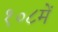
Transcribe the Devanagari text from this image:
१०८में